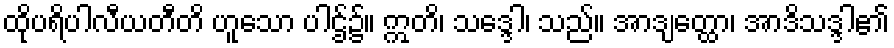
ထိုပရိပါလီယတီတိ ဟူသော ပါဌ်၌။ ဣတိ၊ သဒ္ဒေါ၊ သည်။ အာဒျတ္ထော၊ အာဒိသဒ္ဒါ၏